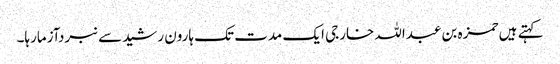
کہتے ہیں حمزہ بن عبداللہ خارجی ایک مدت تک ہارون رشیدسے نبردآزمارہا۔